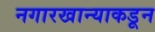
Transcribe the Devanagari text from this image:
नगारखान्याकडून